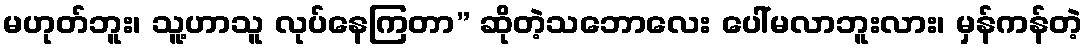
မဟုတ်ဘူး၊ သူ့ဟာသူ လုပ်နေကြတာ” ဆိုတဲ့သဘောလေး ပေါ်မလာဘူးလား၊ မှန်ကန်တဲ့